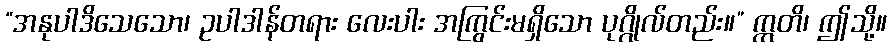
“အနုပါဒိသေသော၊ ဥပါဒါန်တရား လေးပါး အကြွင်းမရှိသော ပုဂ္ဂိုလ်တည်း။” ဣတိ၊ ဤသို့။